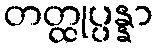
တတ္ထုပ္ပန္နာ